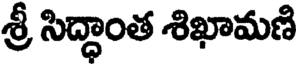
శ్రీ సిద్ధాంత శిఖామణి